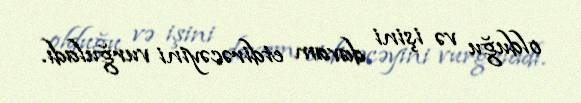
olduğu və işini davam etdirəcəyini vurğuladı.